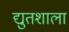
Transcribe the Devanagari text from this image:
द्युतशाला